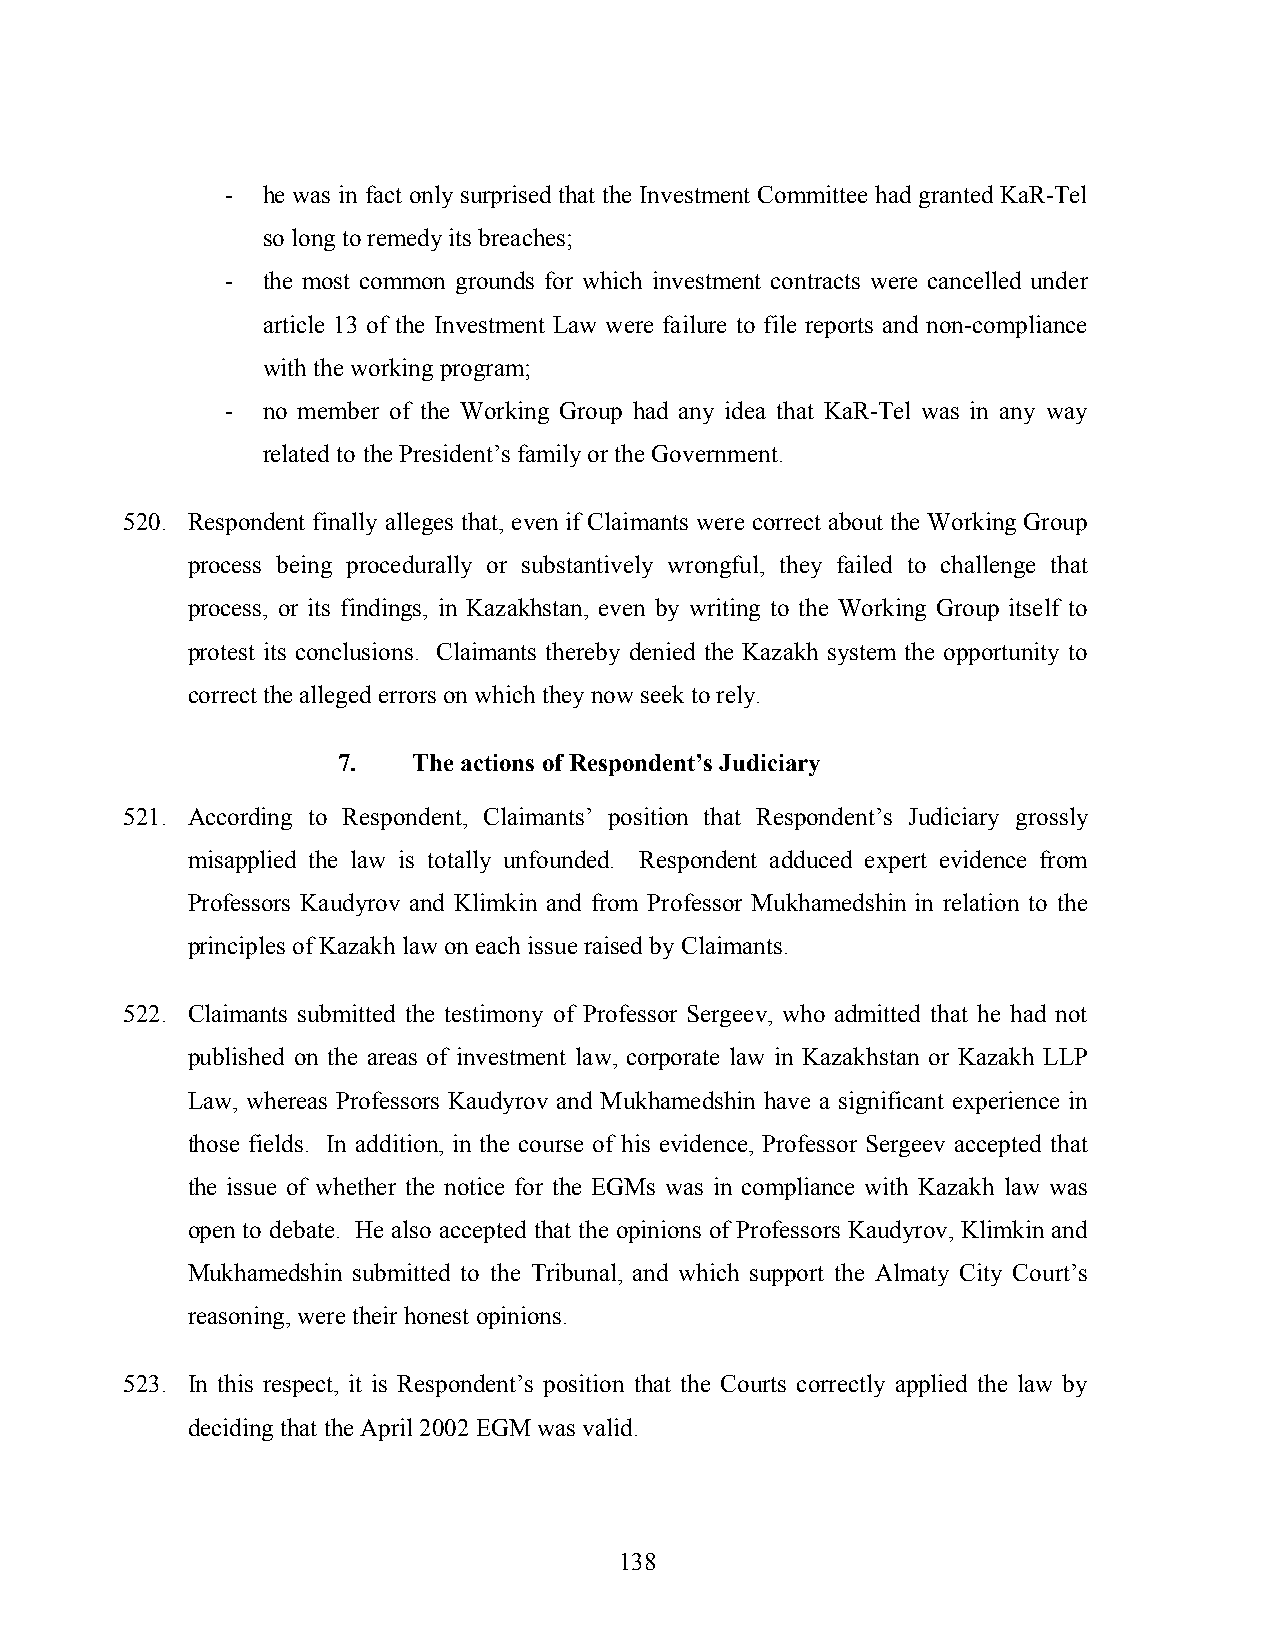
- he was in fact only surprised that the Investment Committee had granted KaR-Tel
 so long to remedy its breaches;
 - the most common grounds for which investment contracts were cancelled under
 article 13 of the Investment Law were failure to file reports and non-compliance
 with the working program;
 - no member of the Working Group had any idea that KaR-Tel was in any way
 related to the President’s family or the Government.
 520. Respondent finally alleges that, even if Claimants were correct about the Working Group
 process being procedurally or substantively wrongful, they failed to challenge that
 process, or its findings, in Kazakhstan, even by writing to the Working Group itself to
 protest its conclusions. Claimants thereby denied the Kazakh system the opportunity to
 correct the alleged errors on which they now seek to rely.
 7.   The actions of Respondent’s Judiciary
 521. According to Respondent, Claimants’ position that Respondent’s Judiciary grossly
 misapplied the law is totally unfounded. Respondent adduced expert evidence from
 Professors Kaudyrov and Klimkin and from Professor Mukhamedshin in relation to the
 principles of Kazakh law on each issue raised by Claimants.
 522. Claimants submitted the testimony of Professor Sergeev, who admitted that he had not
 published on the areas of investment law, corporate law in Kazakhstan or Kazakh LLP
 Law, whereas Professors Kaudyrov and Mukhamedshin have a significant experience in
 those fields. In addition, in the course of his evidence, Professor Sergeev accepted that
 the issue of whether the notice for the EGMs was in compliance with Kazakh law was
 open to debate. He also accepted that the opinions of Professors Kaudyrov, Klimkin and
 Mukhamedshin submitted to the Tribunal, and which support the Almaty City Court’s
 reasoning, were their honest opinions.
 523. In this respect, it is Respondent’s position that the Courts correctly applied the law by
 deciding that the April 2002 EGM was valid.
 138